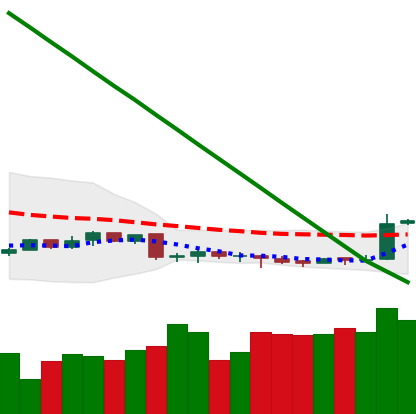
Ticker: XMR-USD
Chart end date: 2019-02-09
Forward return: -3.488%
Label: down_3_5